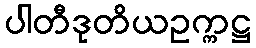
ပါတီဒုတိယဥက္ကဋ္ဌ